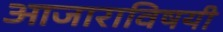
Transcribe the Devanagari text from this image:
आजाराविषयी